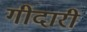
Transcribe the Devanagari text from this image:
गीदारी